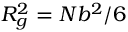
R _ { g } ^ { 2 } = N b ^ { 2 } / 6